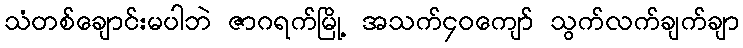
သံတစ်ချောင်းမပါဘဲ ဇာဂရက်မြို့ အသက်၄၀ကျော် သွက်လက်ချက်ချာ